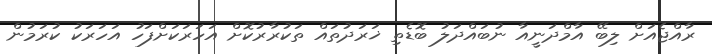
ރާއްޖެއަށް ލިބޭ އާމްދަނީއާ ނުބައްދަލު ބޮޑެތި ޚަރަދުތައް ތަކުރާރުކޮށް އަހަރަކަށްފަހު އަހަރަކު ކުރަމުން